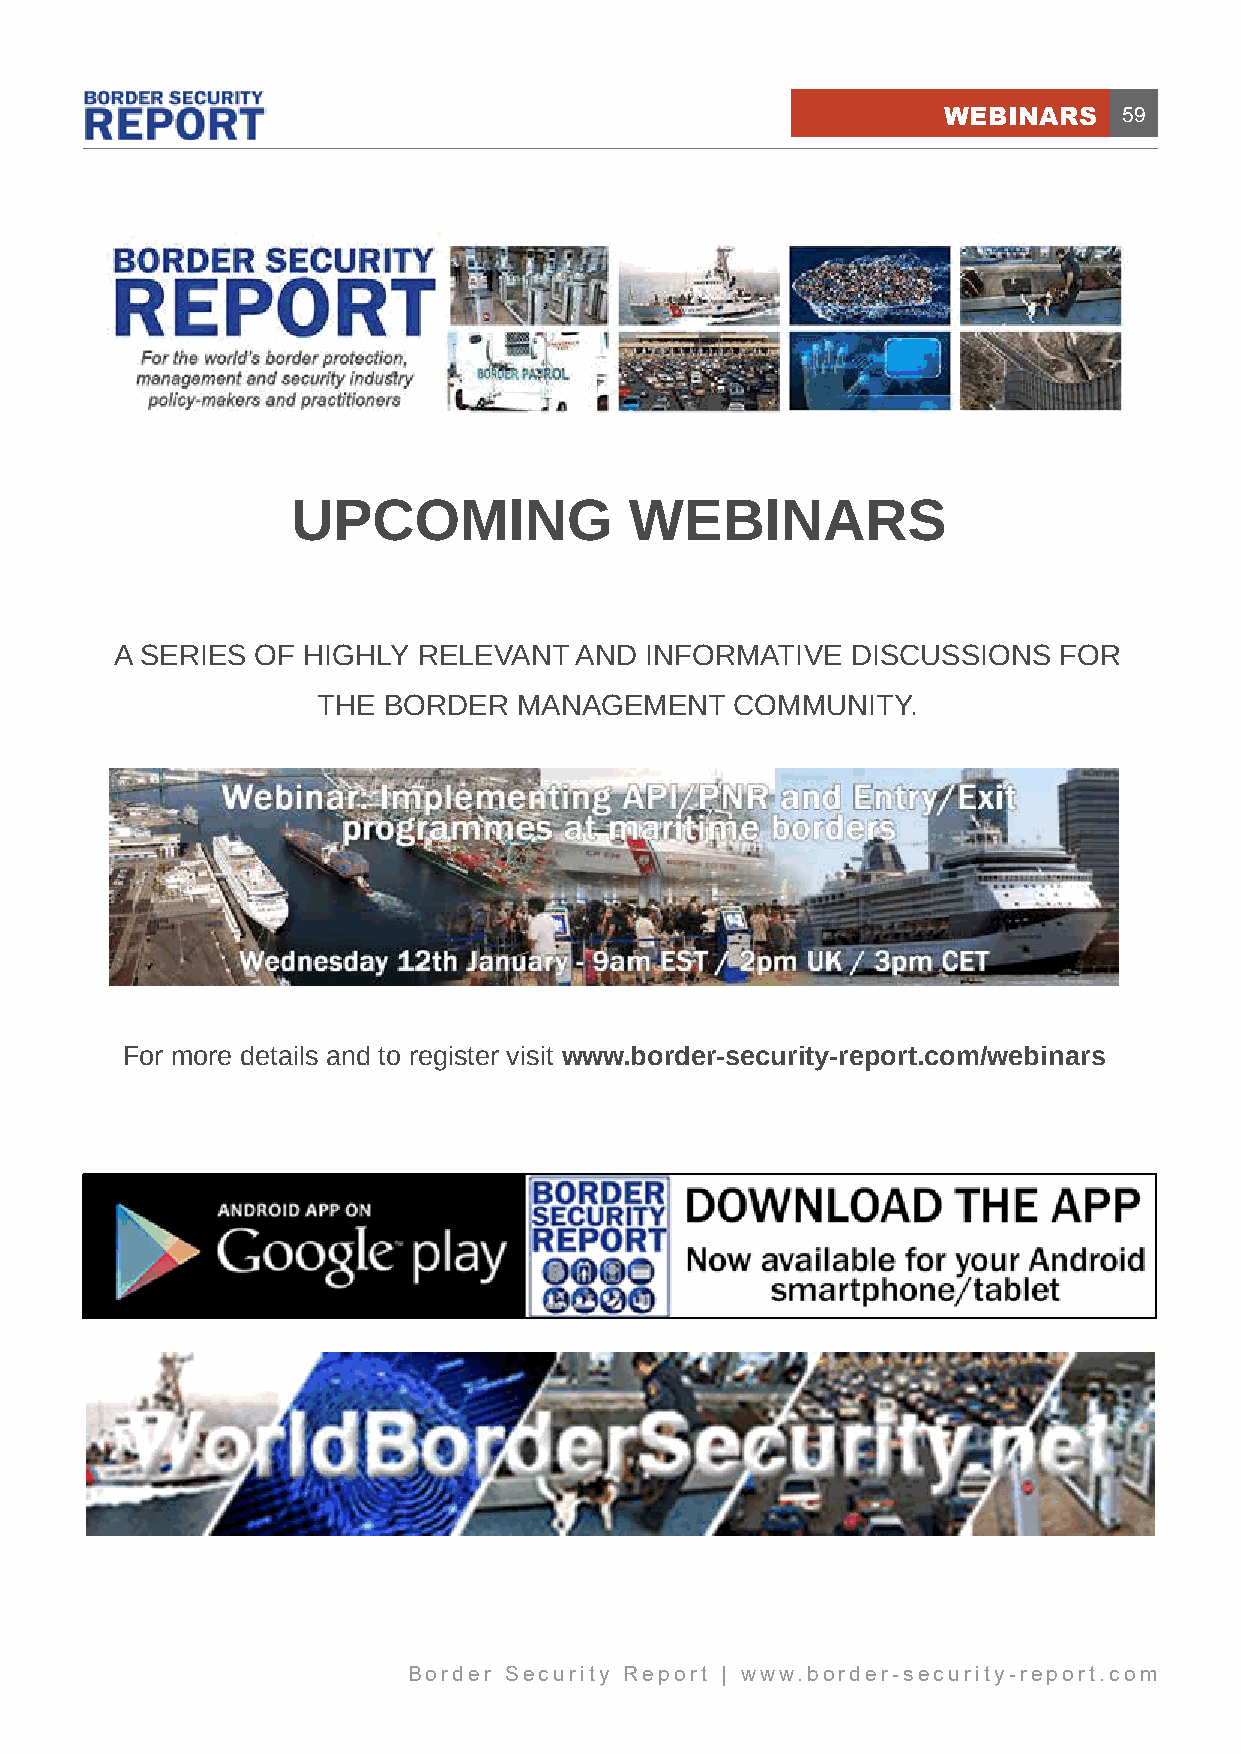
WEBINARS    59
 UPCOMING               WEBINARS
 A SERIES OF HIGHLY  RELEVANT  AND  INFORMATIVE  DISCUSSIONS   FOR
 THE BORDER   MANAGEMENT     COMMUNITY.
 For more details and to register visit www.border-security-report.com/webinars
 Border Security Report | www.border-security-report.com